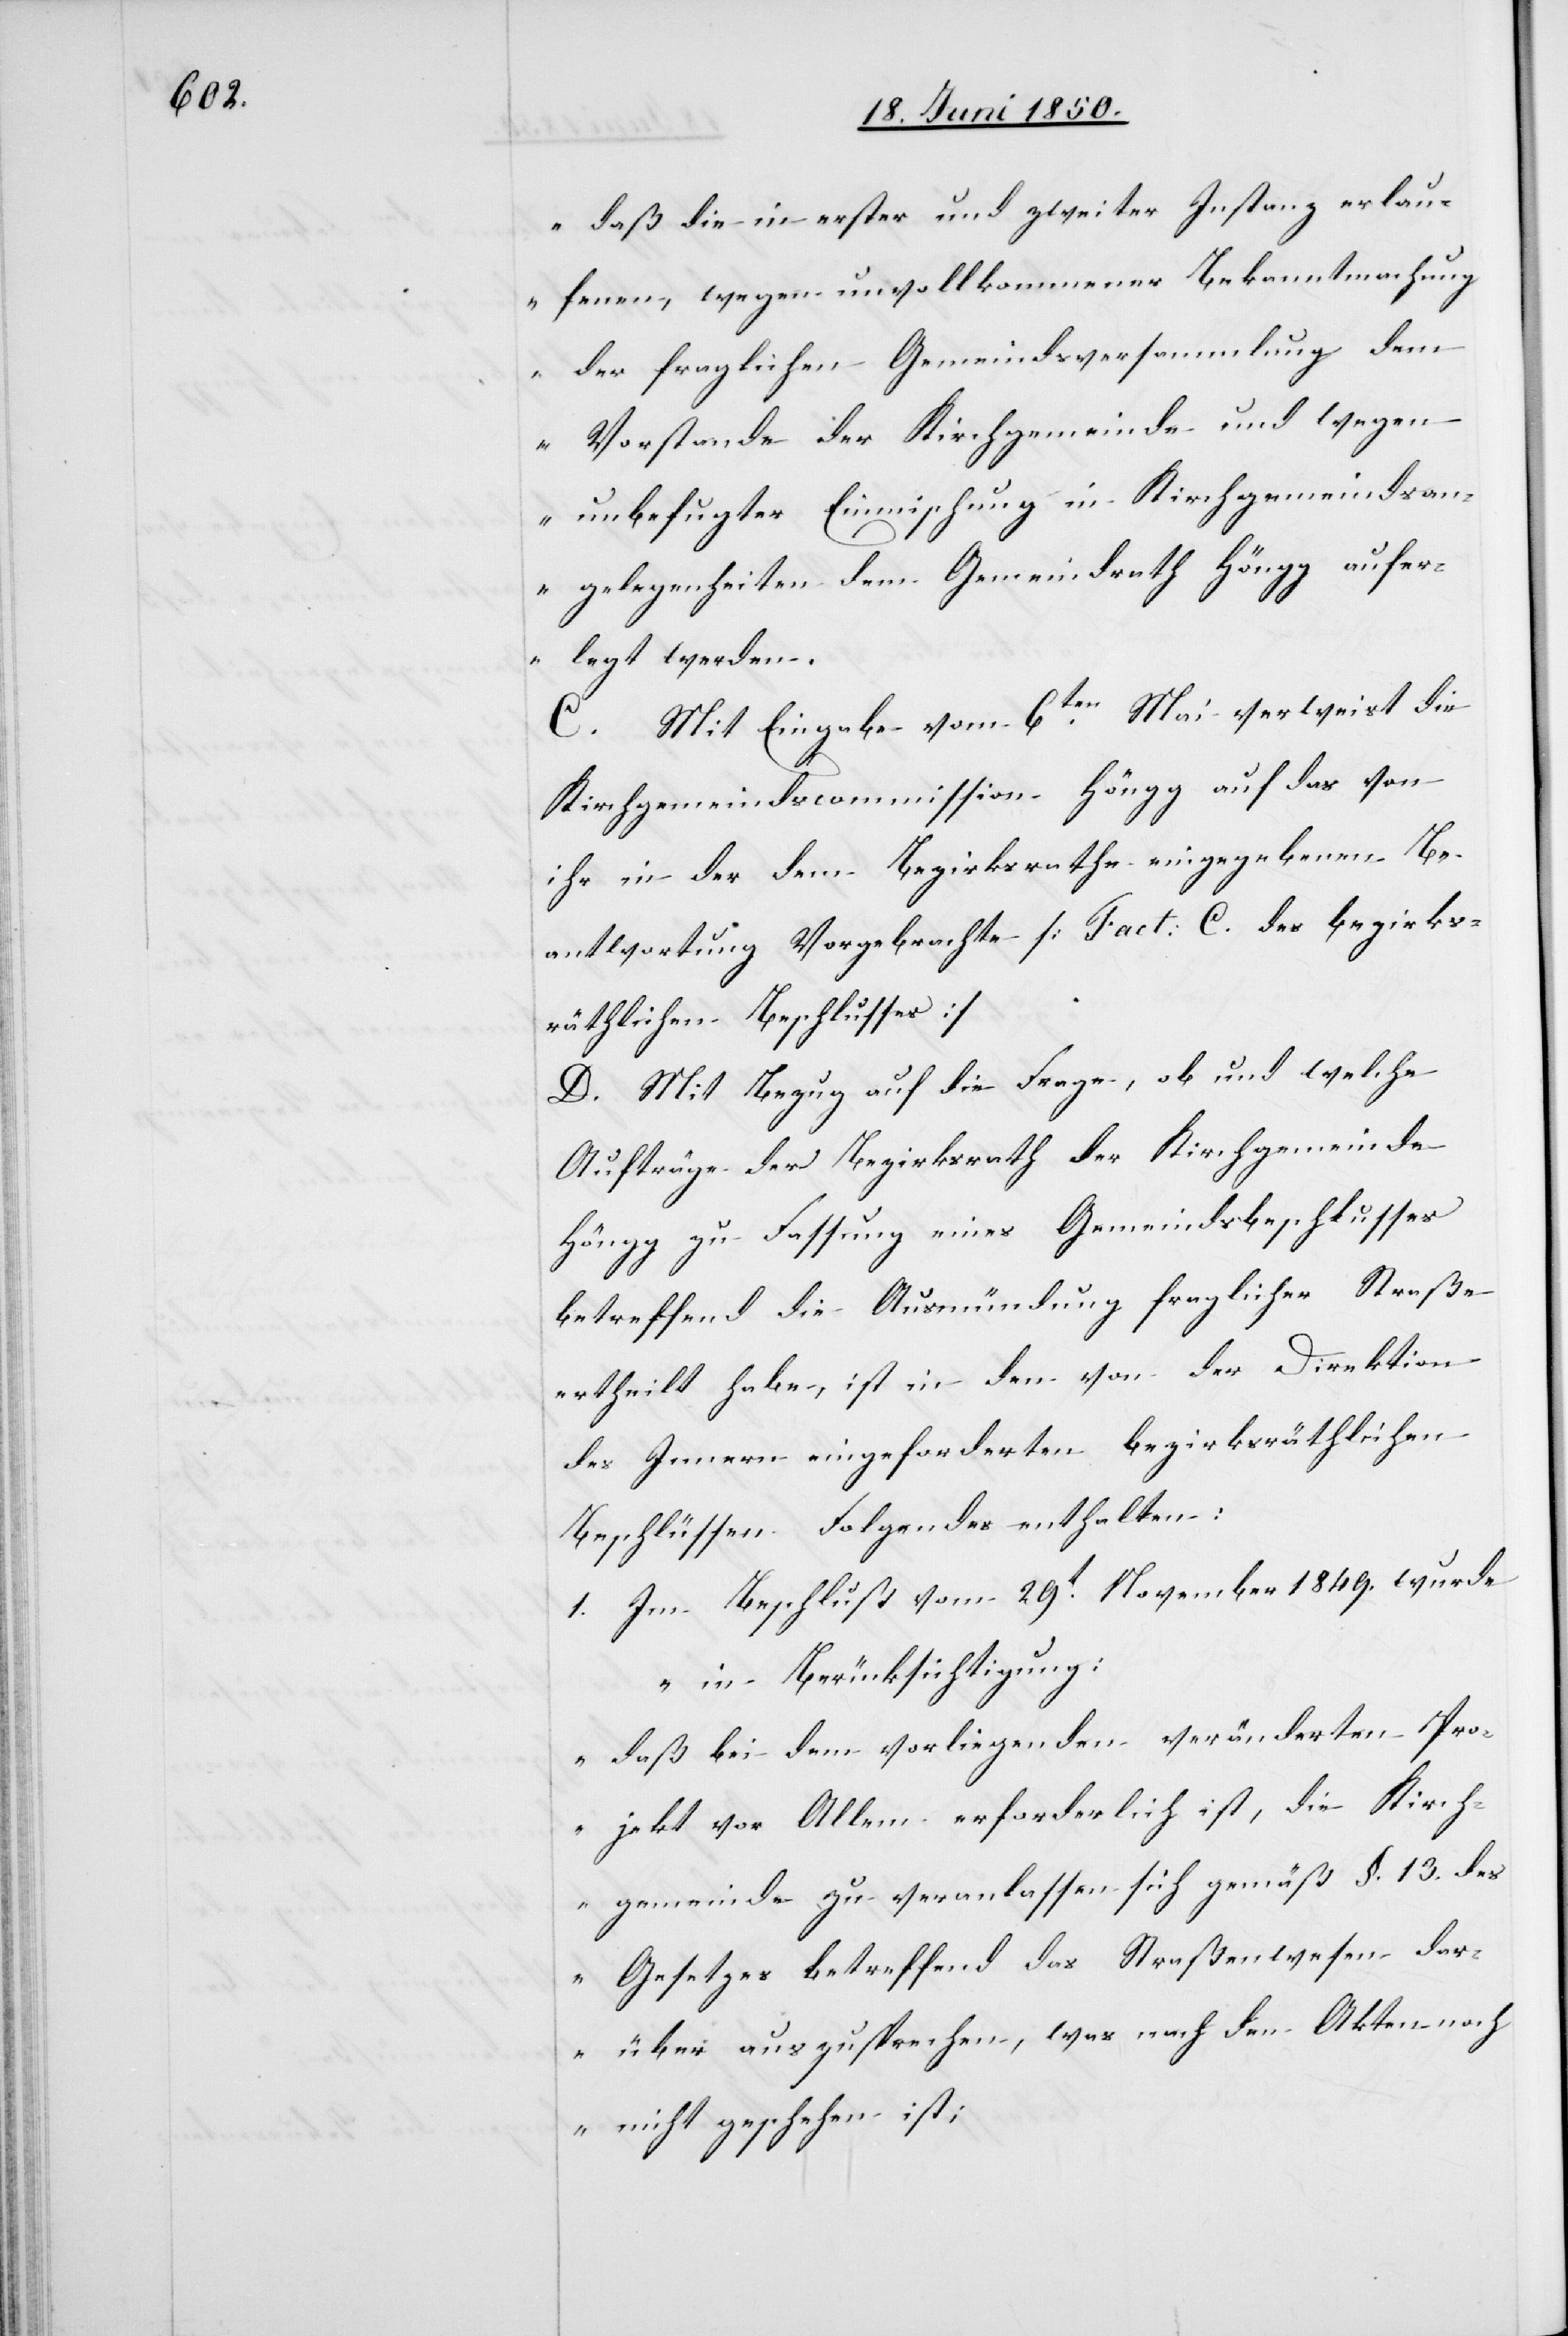
„daß die in erster und zweiter Instanz erlau¬
fenen, wegen unvollkommener Bekanntmachung
der fraglichen Gemeindsversammlung dem
Vorstande der Kirchgemeinde und wegen
unbefugter Einmischung in Kirchgemeindsan¬
gelegenheiten dem Gemeindrath Höngg aufer¬
legt werden.[“]
C. Mit Eingabe vom 6ten Mai verweist die
Kirchgemeindscommission Höngg auf das von
ihr in der dem Bezirksrathe eingegebenen Be¬
antwortung Vorgebrachte [Fact. C. des bezirks¬
räthlichen Beschlusses]
D. Mit Bezug auf die Frage, ob und welche
Aufträge der Bezirksrath der Kirchgemeinde
Höngg zu Fassung eines Gemeindsbeschlusses
betreffend die Ausmündung fraglicher Straße
ertheilt habe, ist in den von der Direktion
des Innern eingeforderten bezirksräthlichen
Beschlüssen Folgendes enthalten:
1. Im Beschluß vom 29t November 1849. wurde
„in Berücksichtigung:
daß bei dem vorliegenden veränderten Pro¬
jekt vor Allem erforderlich ist, die Kirch¬
gemeinde zu veranlassen sich gemäß §. 13. des
Gesetzes betreffend das Straßenwesen dar¬
über auszusprechen, was nach den Akten noch
nicht geschehen ist;